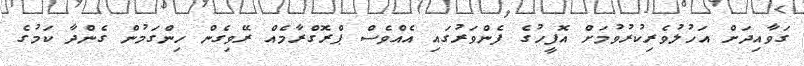
ގަވާއިދަށް އަހުލުވެރިކުރުވުމަށް އޮފީހުގެ ފެންވަރުގައި އެއްވެސް ޕްރޮގްރާމެއް ރޭވިގެން ހިންގަމުން ގެންދާ ކަމުގެ